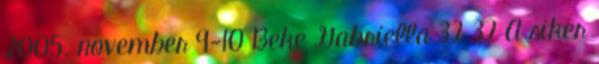
2005. november 9-10 Beke Gabriella 32 32 A siker